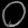
Digit: ၀